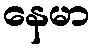
နေမာ